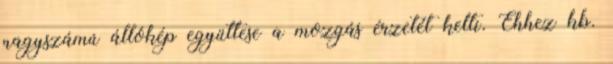
nagyszámú állókép együttese a mozgás érzetét kelti. Ehhez kb.